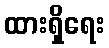
ထားရှိရေး